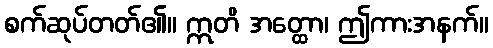
စက်ဆုပ်တတ်၏။ ဣတိ အတ္ထော၊ ဤကားအနက်။